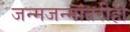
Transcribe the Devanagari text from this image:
जन्मजन्मांतरीही